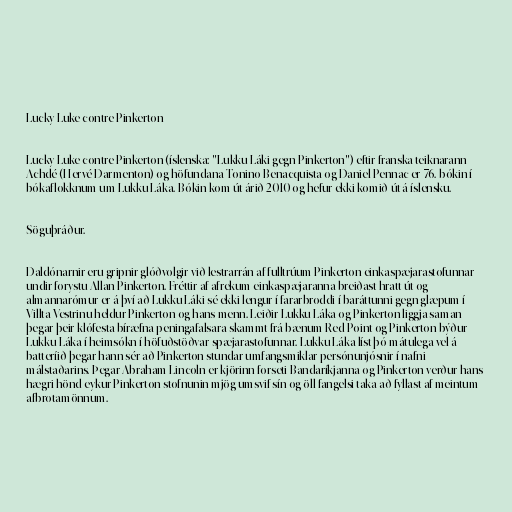
Lucky Luke contre Pinkerton

Lucky Luke contre Pinkerton (íslenska: "Lukku Láki gegn Pinkerton") eftir franska teiknarann
Achdé (Hervé Darmenton) og höfundana Tonino Benacquista og Daniel Pennac er 76. bókin í
bókaflokknum um Lukku Láka. Bókin kom út árið 2010 og hefur ekki komið út á íslensku.

Söguþráður.

Daldónarnir eru gripnir glóðvolgir við lestrarrán af fulltrúum Pinkerton einkaspæjarastofunnar
undir forystu Allan Pinkerton. Fréttir af afrekum einkaspæjaranna breiðast hratt út og
almannarómur er á því að Lukku Láki sé ekki lengur í fararbroddi í baráttunni gegn glæpum í
Villta Vestrinu heldur Pinkerton og hans menn. Leiðir Lukku Láka og Pinkerton liggja saman
þegar þeir klófesta bíræfna peningafalsara skammt frá bænum Red Point og Pinkerton býður
Lukku Láka í heimsókn í höfuðstöðvar spæjarastofunnar. Lukku Láka líst þó mátulega vel á
batteríið þegar hann sér að Pinkerton stundar umfangsmiklar persónunjósnir í nafni
málstaðarins. Þegar Abraham Lincoln er kjörinn forseti Bandaríkjanna og Pinkerton verður hans
hægri hönd eykur Pinkerton stofnunin mjög umsvif sín og öll fangelsi taka að fyllast af meintum
afbrotamönnum.